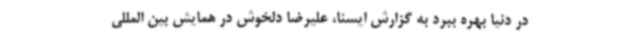
در دنیا بهره ببرد به گزارش ایسنا، علیرضا دلخوش در همایش بین المللی